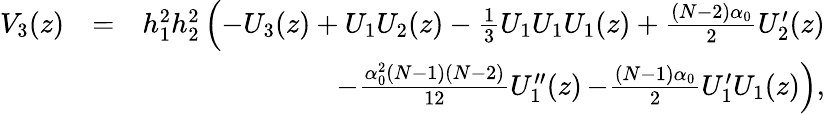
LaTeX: \begin{array}{rlr}{V_{3}(z)}&{=}&{h_{1}^{2}h_{2}^{2}\left(-U_{3}(z)+U_{1}U_{2}(z)-\frac{1}{3}U_{1}U_{1}U_{1}(z)+\frac{(N-2)\alpha_{0}}{2}U_{2}^{\prime}(z)\right.}\\ &{}&{-\frac{\alpha_{0}^{2}(N-1)(N-2)}{12}U_{1}^{\prime\prime}(z)\left.-\frac{(N-1)\alpha_{0}}{2}U_{1}^{\prime}U_{1}(z)\right),}\end{array}